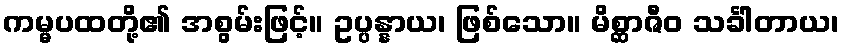
ကမ္မပထတို့၏ အစွမ်းဖြင့်။ ဥပ္ပန္နာယ၊ ဖြစ်သော။ မိစ္ဆာဇီဝ သင်္ခါတာယ၊